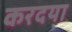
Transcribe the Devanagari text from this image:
करदया